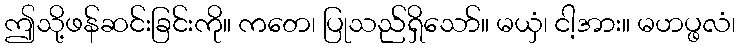
ဤသို့ဖန်ဆင်းခြင်းကို။ ကတေ၊ ပြုသည်ရှိသော်။ မယှံ၊ ငါ့အား။ မဟပ္ဖလံ၊